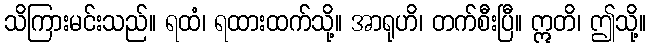
သိကြားမင်းသည်။ ရထံ၊ ရထားထက်သို့။ အာရုဟိ၊ တက်စီးပြီ။ ဣတိ၊ ဤသို့။